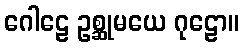
ဂေါဠေ ဥစ္ဆုမယေ ဂုဠော။